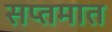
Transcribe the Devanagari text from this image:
सप्तमात